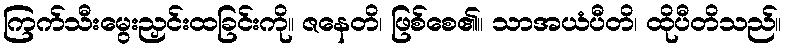
ကြက်သီးမွေးညှင်းထခြင်းကို။ ဇနေတိ၊ ဖြစ်စေ၏။ သာအယံပီတိ၊ ထိုပီတိသည်။